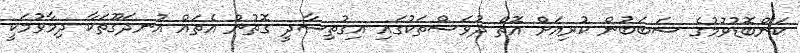
ކަންބޮޑުވުމުގެ ސަބަބުން ކުރިއަށް އޮތް ދުވަސްތަކުގައި އިގުތިސާދީ ގޮތުން އެތައް އުނދަގޫތަކާ ދިމާވުމަކީ